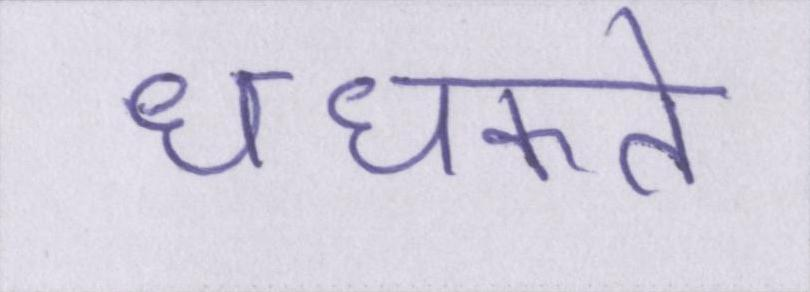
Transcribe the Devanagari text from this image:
धधकते